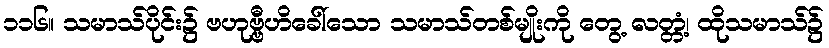
၁၁၆။ သမာသ်ပိုင်း၌ ဗဟုဗ္ဗီဟိခေါ်သော သမာသ်တစ်မျိုးကို တွေ့ လတ္တံ့၊ ထိုသမာသ်၌